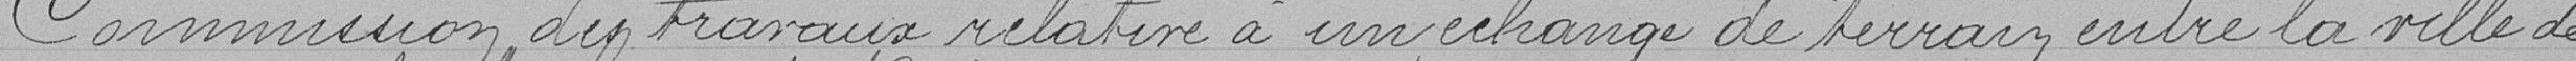
Commission des travaux relative à un échange de terrain entre la ville de